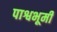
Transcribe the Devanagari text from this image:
पाश्वभूमी